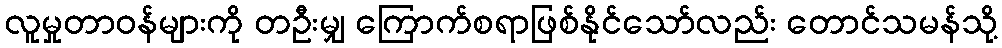
လူမှုတာဝန်များကို တဦးမျှ ကြောက်စရာဖြစ်နိုင်သော်လည်း တောင်သမန်သို့